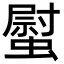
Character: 螱